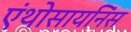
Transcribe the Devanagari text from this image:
एंथोसायनिंस